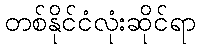
တစ်နိုင်ငံလုံးဆိုင်ရာ